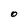
Character: 0